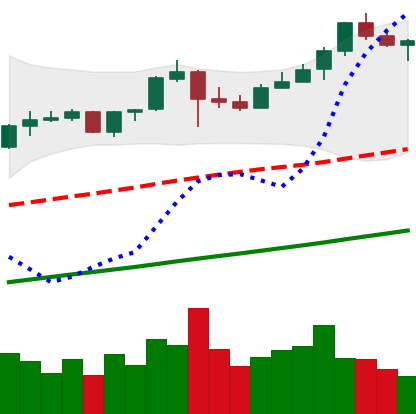
Ticker: BNB-USD
Chart end date: 2019-06-24
Forward return: -5.539%
Label: down_5_7